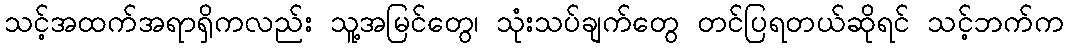
သင့်အထက်အရာရှိကလည်း သူ့အမြင်တွေ၊ သုံးသပ်ချက်တွေ တင်ပြရတယ်ဆိုရင် သင့်ဘက်က